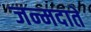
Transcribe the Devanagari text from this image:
जन्मदाते